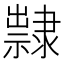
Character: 𨾀